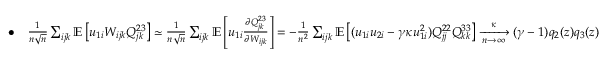
\begin{array} { r } { \bullet \quad \frac { 1 } { n \sqrt n } \sum _ { i j k } \mathbb { E } \left[ u _ { 1 i } W _ { i j k } Q _ { j k } ^ { 2 3 } \right] \simeq \frac { 1 } { n \sqrt n } \sum _ { i j k } \mathbb { E } \left[ u _ { 1 i } \frac { \partial Q _ { j k } ^ { 2 3 } } { \partial W _ { i j k } } \right] = - \frac { 1 } { n ^ { 2 } } \sum _ { i j k } \mathbb { E } \left[ ( u _ { 1 i } u _ { 2 i } - \gamma \kappa u _ { 1 i } ^ { 2 } ) Q _ { j j } ^ { 2 2 } Q _ { k k } ^ { 3 3 } \right] \xrightarrow [ n \to \infty ] \kappa ( \gamma - 1 ) q _ { 2 } ( z ) q _ { 3 } ( z ) } \end{array}